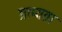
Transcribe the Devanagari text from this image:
प्राप्यता